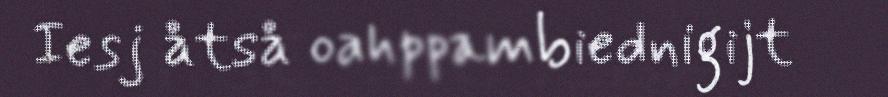
Iesj åtså oahppambiednigijt